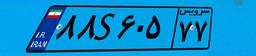
۹۸S۴۲۴۹۱